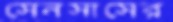
সেনসাসের